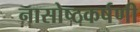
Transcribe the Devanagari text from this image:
नासोष्ठकर्षणी